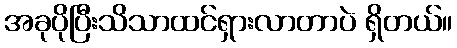
အခုပိုပြီးသိသာထင်ရှားလာတာပဲ ရှိတယ်။